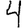
Digit: 4